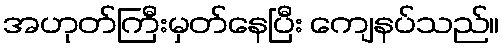
အဟုတ်ကြီးမှတ်နေပြီး ကျေနပ်သည်။